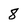
Character: 8